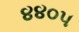
૪૪૦૫